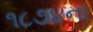
૧૮૭૪ના